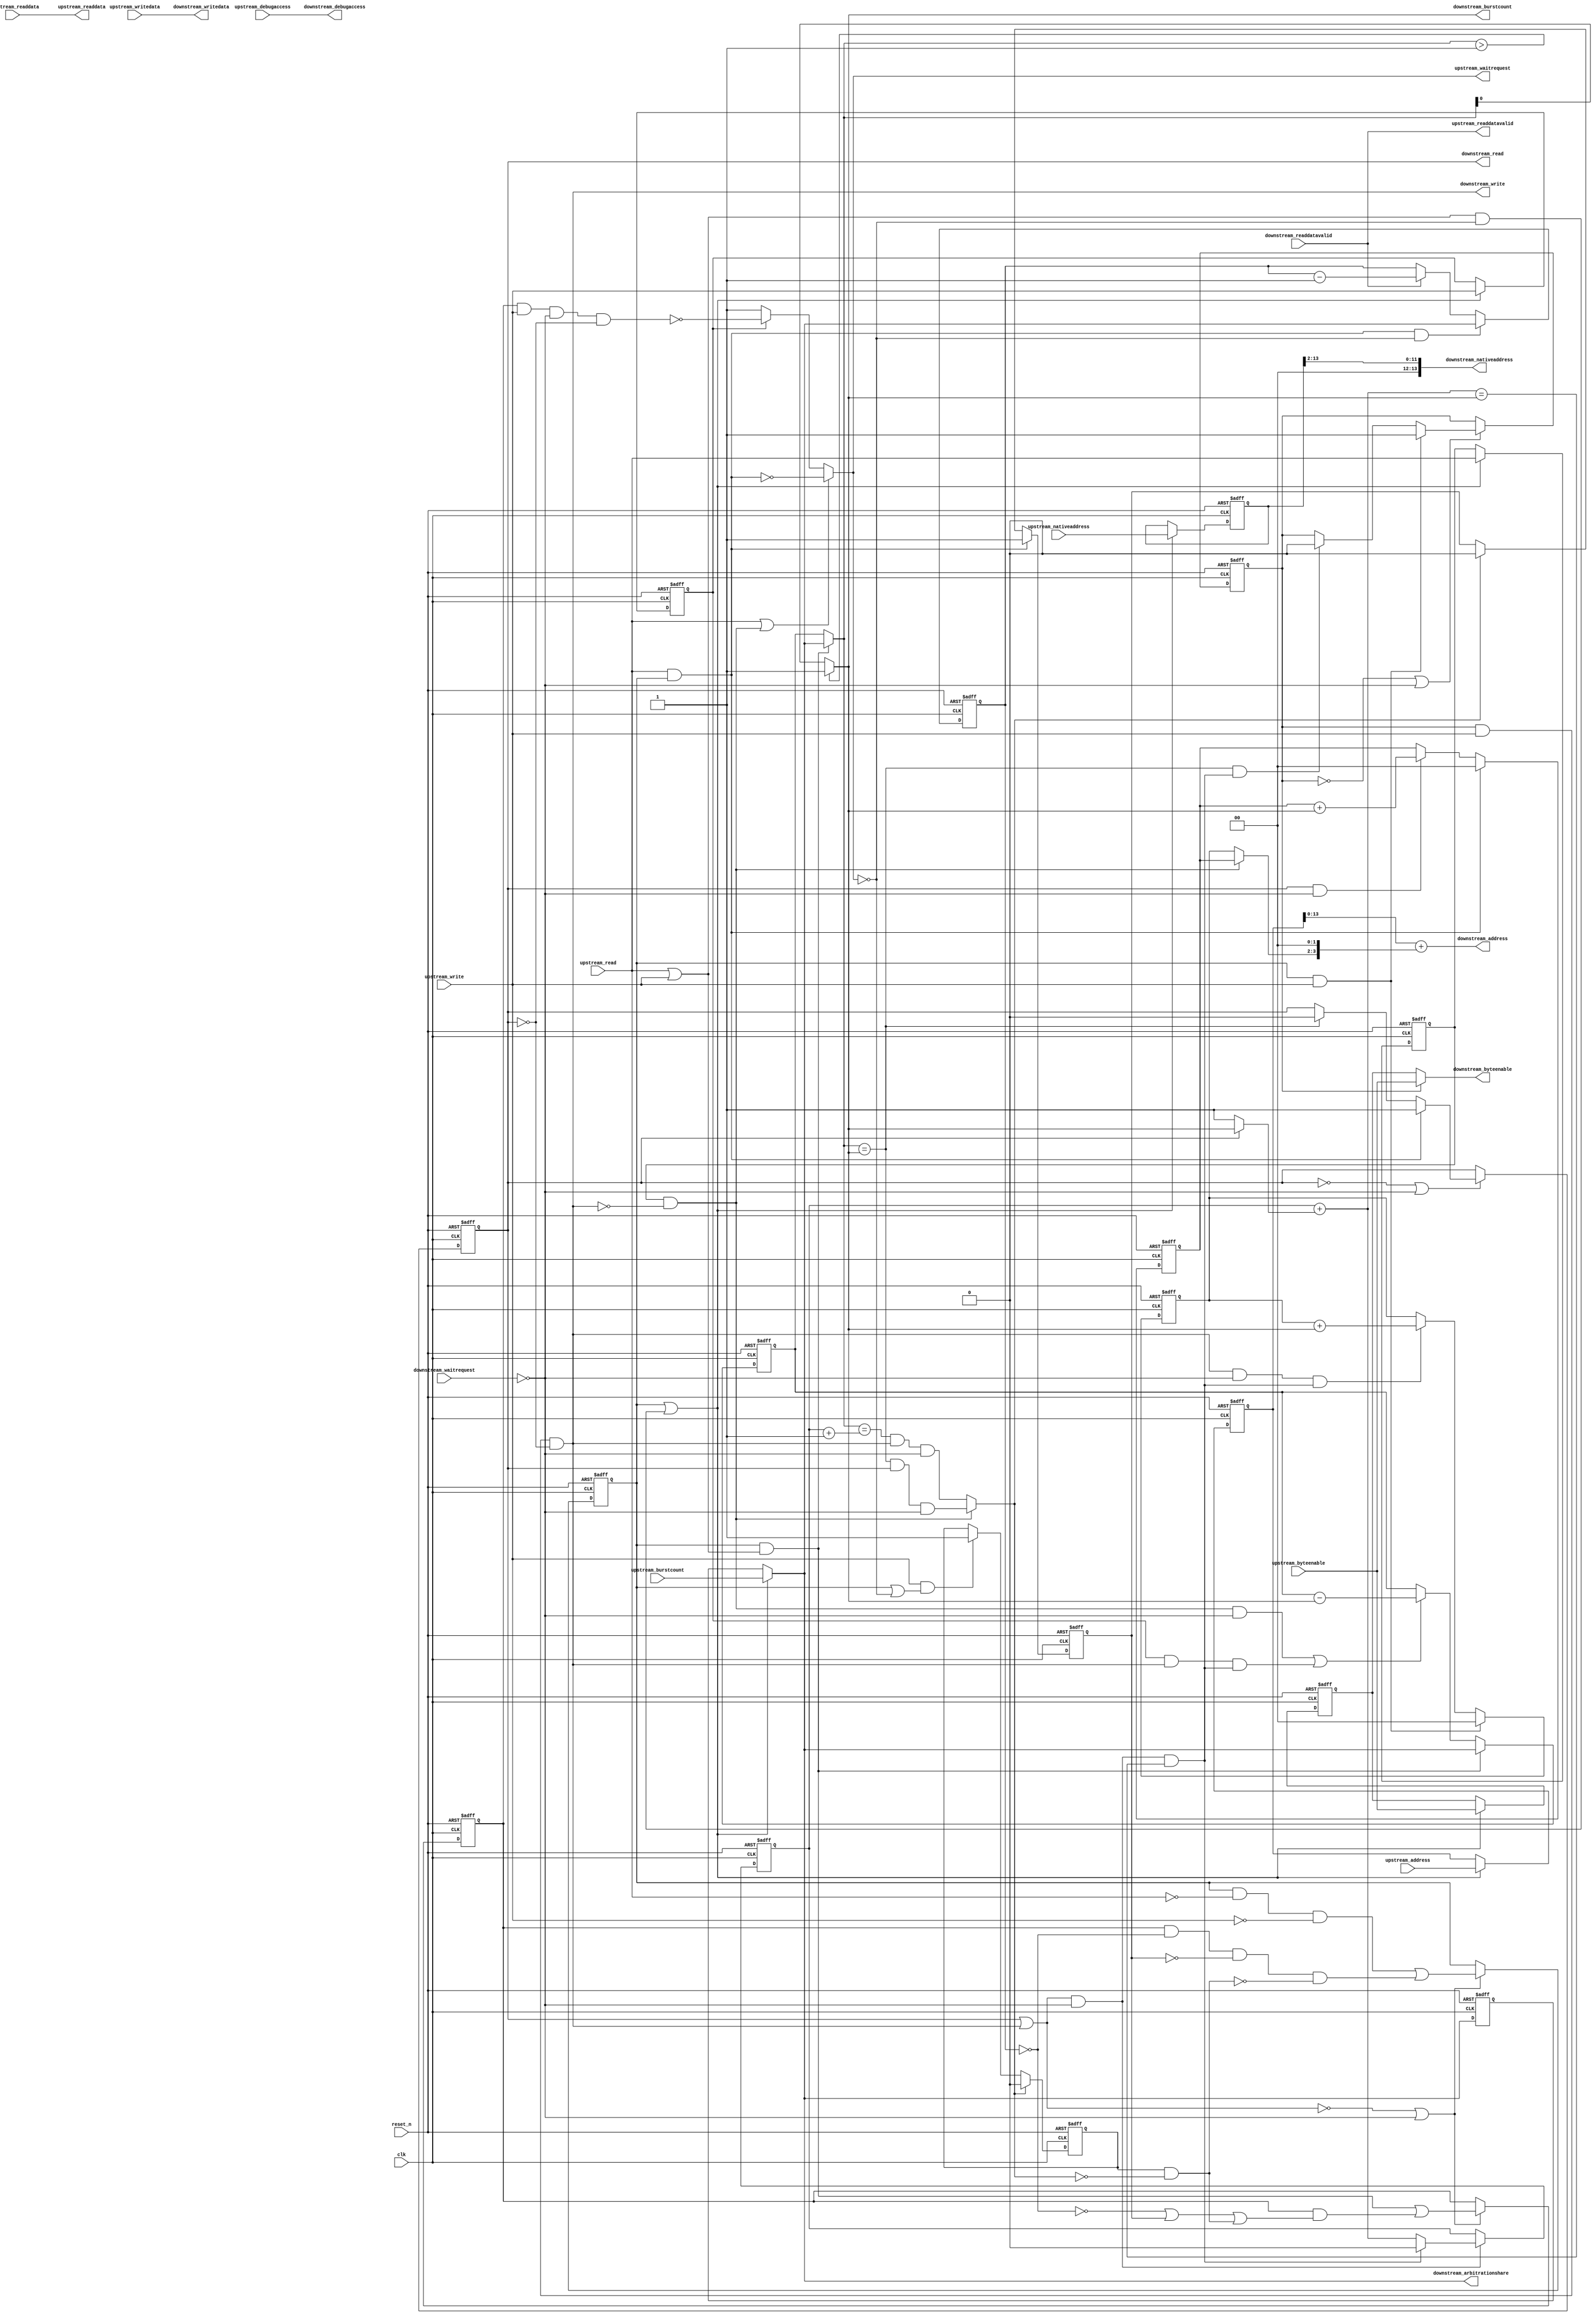
//Legal Notice: (C)2011 Altera Corporation. All rights reserved.  Your
//use of Altera Corporation's design tools, logic functions and other
//software and tools, and its AMPP partner logic functions, and any
//output files any of the foregoing (including device programming or
//simulation files), and any associated documentation or information are
//expressly subject to the terms and conditions of the Altera Program
//License Subscription Agreement or other applicable license agreement,
//including, without limitation, that your use is for the sole purpose
//of programming logic devices manufactured by Altera and sold by Altera
//or its authorized distributors.  Please refer to the applicable
//agreement for further details.

// synthesis translate_off
`timescale 1ns / 1ps
// synthesis translate_on

// turn off superfluous verilog processor warnings 
// altera message_level Level1 
// altera message_off 10034 10035 10036 10037 10230 10240 10030 

//
//Burst adapter parameters:
//adapter is mastered by: data_cache_0/dataMaster
//adapter masters: pipeline_bridge_PERIPHERALS/s1
//asp_debug: 0
//byteaddr_width: 16
//ceil_data_width: 32
//data_width: 32
//dbs_shift: 0
//dbs_upstream_burstcount_width: 3
//downstream_addr_shift: 2
//downstream_burstcount_width: 1
//downstream_max_burstcount: 1
//downstream_pipeline: 0
//dynamic_slave: 1
//master_always_burst_max_burst: 0
//master_burst_on_burst_boundaries_only: 0
//master_data_width: 32
//master_interleave: 0
//master_linewrap_bursts: 0
//nativeaddr_width: 14
//slave_always_burst_max_burst: 0
//slave_burst_on_burst_boundaries_only: 0
//slave_interleave: 0
//slave_linewrap_bursts: 0
//upstream_burstcount: upstream_burstcount
//upstream_burstcount_width: 3
//upstream_max_burstcount: 4
//zero_address_width: 0


module tiger_burst_3 (
                       // inputs:
                        clk,
                        downstream_readdata,
                        downstream_readdatavalid,
                        downstream_waitrequest,
                        reset_n,
                        upstream_address,
                        upstream_burstcount,
                        upstream_byteenable,
                        upstream_debugaccess,
                        upstream_nativeaddress,
                        upstream_read,
                        upstream_write,
                        upstream_writedata,

                       // outputs:
                        downstream_address,
                        downstream_arbitrationshare,
                        downstream_burstcount,
                        downstream_byteenable,
                        downstream_debugaccess,
                        downstream_nativeaddress,
                        downstream_read,
                        downstream_write,
                        downstream_writedata,
                        upstream_readdata,
                        upstream_readdatavalid,
                        upstream_waitrequest
                     )
;

  output  [ 13: 0] downstream_address;
  output  [  2: 0] downstream_arbitrationshare;
  output           downstream_burstcount;
  output  [  3: 0] downstream_byteenable;
  output           downstream_debugaccess;
  output  [ 13: 0] downstream_nativeaddress;
  output           downstream_read;
  output           downstream_write;
  output  [ 31: 0] downstream_writedata;
  output  [ 31: 0] upstream_readdata;
  output           upstream_readdatavalid;
  output           upstream_waitrequest;
  input            clk;
  input   [ 31: 0] downstream_readdata;
  input            downstream_readdatavalid;
  input            downstream_waitrequest;
  input            reset_n;
  input   [ 15: 0] upstream_address;
  input   [  2: 0] upstream_burstcount;
  input   [  3: 0] upstream_byteenable;
  input            upstream_debugaccess;
  input   [ 13: 0] upstream_nativeaddress;
  input            upstream_read;
  input            upstream_write;
  input   [ 31: 0] upstream_writedata;

  wire    [  1: 0] address_offset;
  reg              atomic_counter;
  wire    [ 15: 0] current_upstream_address;
  wire    [  2: 0] current_upstream_burstcount;
  wire             current_upstream_read;
  wire             current_upstream_write;
  reg     [  2: 0] data_counter;
  wire    [  2: 0] dbs_adjusted_upstream_burstcount;
  wire    [ 13: 0] downstream_address;
  wire    [ 15: 0] downstream_address_base;
  wire    [  2: 0] downstream_arbitrationshare;
  wire             downstream_burstcount;
  wire             downstream_burstdone;
  wire    [  3: 0] downstream_byteenable;
  wire             downstream_debugaccess;
  wire    [ 13: 0] downstream_nativeaddress;
  reg              downstream_read;
  wire             downstream_write;
  reg              downstream_write_reg;
  wire    [ 31: 0] downstream_writedata;
  wire             enable_state_change;
  wire             fifo_empty;
  wire             max_burst_size;
  wire             p1_atomic_counter;
  wire             p1_fifo_empty;
  wire             p1_state_busy;
  wire             p1_state_idle;
  wire             pending_register_enable;
  wire             pending_upstream_read;
  reg              pending_upstream_read_reg;
  wire             pending_upstream_write;
  reg              pending_upstream_write_reg;
  reg     [  1: 0] read_address_offset;
  wire             read_update_count;
  wire    [  2: 0] read_write_dbs_adjusted_upstream_burstcount;
  reg     [  2: 0] registered_read_write_dbs_adjusted_upstream_burstcount;
  reg     [ 15: 0] registered_upstream_address;
  reg     [  2: 0] registered_upstream_burstcount;
  reg     [  3: 0] registered_upstream_byteenable;
  reg     [ 13: 0] registered_upstream_nativeaddress;
  reg              registered_upstream_read;
  reg              registered_upstream_write;
  reg              state_busy;
  reg              state_idle;
  wire             sync_nativeaddress;
  wire    [  2: 0] transactions_remaining;
  reg     [  2: 0] transactions_remaining_reg;
  wire             update_count;
  wire             upstream_burstdone;
  wire             upstream_read_run;
  wire    [ 31: 0] upstream_readdata;
  wire             upstream_readdatavalid;
  wire             upstream_waitrequest;
  wire             upstream_write_run;
  reg     [  1: 0] write_address_offset;
  wire             write_update_count;
  assign sync_nativeaddress = |upstream_nativeaddress;
  //downstream, which is an e_avalon_master
  //upstream, which is an e_avalon_slave
  assign upstream_burstdone = current_upstream_read ? (transactions_remaining == downstream_burstcount) & downstream_read & ~downstream_waitrequest : (transactions_remaining == (atomic_counter + 1)) & downstream_write & ~downstream_waitrequest;
  assign p1_atomic_counter = atomic_counter + (downstream_read ? downstream_burstcount : 1);
  assign downstream_burstdone = (downstream_read | downstream_write) & ~downstream_waitrequest & (p1_atomic_counter == downstream_burstcount);
  assign dbs_adjusted_upstream_burstcount = pending_register_enable ? read_write_dbs_adjusted_upstream_burstcount : registered_read_write_dbs_adjusted_upstream_burstcount;
  assign read_write_dbs_adjusted_upstream_burstcount = upstream_burstcount;
  always @(posedge clk or negedge reset_n)
    begin
      if (reset_n == 0)
          registered_read_write_dbs_adjusted_upstream_burstcount <= 0;
      else if (pending_register_enable)
          registered_read_write_dbs_adjusted_upstream_burstcount <= read_write_dbs_adjusted_upstream_burstcount;
    end


  assign p1_state_idle = state_idle & ~upstream_read & ~upstream_write | state_busy & (data_counter == 0) & p1_fifo_empty & ~pending_upstream_read & ~pending_upstream_write;
  assign p1_state_busy = state_idle & (upstream_read | upstream_write) | state_busy & (~(data_counter == 0) | ~p1_fifo_empty | pending_upstream_read | pending_upstream_write);
  assign enable_state_change = ~(downstream_read | downstream_write) | ~downstream_waitrequest;
  always @(posedge clk or negedge reset_n)
    begin
      if (reset_n == 0)
          pending_upstream_read_reg <= 0;
      else if (upstream_read & state_idle)
          pending_upstream_read_reg <= -1;
      else if (upstream_burstdone)
          pending_upstream_read_reg <= 0;
    end


  always @(posedge clk or negedge reset_n)
    begin
      if (reset_n == 0)
          pending_upstream_write_reg <= 0;
      else if (upstream_burstdone)
          pending_upstream_write_reg <= 0;
      else if (upstream_write & (state_idle | ~upstream_waitrequest))
          pending_upstream_write_reg <= -1;
    end


  always @(posedge clk or negedge reset_n)
    begin
      if (reset_n == 0)
          state_idle <= 1;
      else if (enable_state_change)
          state_idle <= p1_state_idle;
    end


  always @(posedge clk or negedge reset_n)
    begin
      if (reset_n == 0)
          state_busy <= 0;
      else if (enable_state_change)
          state_busy <= p1_state_busy;
    end


  assign pending_upstream_read = pending_upstream_read_reg;
  assign pending_upstream_write = pending_upstream_write_reg & ~upstream_burstdone;
  assign pending_register_enable = state_idle | ((upstream_read | upstream_write) & ~upstream_waitrequest);
  always @(posedge clk or negedge reset_n)
    begin
      if (reset_n == 0)
          registered_upstream_read <= 0;
      else if (pending_register_enable)
          registered_upstream_read <= upstream_read;
    end


  always @(posedge clk or negedge reset_n)
    begin
      if (reset_n == 0)
          registered_upstream_write <= 0;
      else if (pending_register_enable)
          registered_upstream_write <= upstream_write;
    end


  always @(posedge clk or negedge reset_n)
    begin
      if (reset_n == 0)
          registered_upstream_burstcount <= 0;
      else if (pending_register_enable)
          registered_upstream_burstcount <= upstream_burstcount;
    end


  always @(posedge clk or negedge reset_n)
    begin
      if (reset_n == 0)
          registered_upstream_address <= 0;
      else if (pending_register_enable)
          registered_upstream_address <= upstream_address;
    end


  always @(posedge clk or negedge reset_n)
    begin
      if (reset_n == 0)
          registered_upstream_nativeaddress <= 0;
      else if (pending_register_enable)
          registered_upstream_nativeaddress <= upstream_nativeaddress;
    end


  assign current_upstream_read = registered_upstream_read & !downstream_write;
  assign current_upstream_write = registered_upstream_write;
  assign current_upstream_address = registered_upstream_address;
  assign current_upstream_burstcount = pending_register_enable ? upstream_burstcount : registered_upstream_burstcount;
  always @(posedge clk or negedge reset_n)
    begin
      if (reset_n == 0)
          atomic_counter <= 0;
      else if ((downstream_read | downstream_write) & ~downstream_waitrequest)
          atomic_counter <= downstream_burstdone ? 0 : p1_atomic_counter;
    end


  assign read_update_count = current_upstream_read & ~downstream_waitrequest;
  assign write_update_count = current_upstream_write & downstream_write & downstream_burstdone;
  assign update_count = read_update_count | write_update_count;
  assign transactions_remaining = (state_idle & (upstream_read | upstream_write)) ? dbs_adjusted_upstream_burstcount : transactions_remaining_reg;
  always @(posedge clk or negedge reset_n)
    begin
      if (reset_n == 0)
          transactions_remaining_reg <= 0;
      else 
        transactions_remaining_reg <= (state_idle & (upstream_read | upstream_write)) ? dbs_adjusted_upstream_burstcount : update_count ? transactions_remaining_reg - downstream_burstcount : transactions_remaining_reg;
    end


  always @(posedge clk or negedge reset_n)
    begin
      if (reset_n == 0)
          data_counter <= 0;
      else 
        data_counter <= state_idle & upstream_read & ~upstream_waitrequest ?  dbs_adjusted_upstream_burstcount : downstream_readdatavalid ? data_counter - 1 : data_counter;
    end


  assign max_burst_size = 1;
  assign downstream_burstcount = (transactions_remaining > max_burst_size) ? max_burst_size : transactions_remaining;
  assign downstream_arbitrationshare = current_upstream_read ? (dbs_adjusted_upstream_burstcount) : dbs_adjusted_upstream_burstcount;
  always @(posedge clk or negedge reset_n)
    begin
      if (reset_n == 0)
          write_address_offset <= 0;
      else 
        write_address_offset <= state_idle & upstream_write ? 0 : ((downstream_write & ~downstream_waitrequest & downstream_burstdone)) ? write_address_offset + downstream_burstcount : write_address_offset;
    end


  always @(posedge clk or negedge reset_n)
    begin
      if (reset_n == 0)
          read_address_offset <= 0;
      else 
        read_address_offset <= state_idle & upstream_read ? 0 : (downstream_read & ~downstream_waitrequest) ? read_address_offset + downstream_burstcount : read_address_offset;
    end


  assign downstream_nativeaddress = registered_upstream_nativeaddress >> 2;
  assign address_offset = current_upstream_read ? read_address_offset : write_address_offset;
  assign downstream_address_base = current_upstream_address;
  assign downstream_address = downstream_address_base + {address_offset, 2'b00};
  always @(posedge clk or negedge reset_n)
    begin
      if (reset_n == 0)
          downstream_read <= 0;
      else if (~downstream_read | ~downstream_waitrequest)
          downstream_read <= state_idle & upstream_read ? 1 : (transactions_remaining == downstream_burstcount) ? 0 : downstream_read;
    end


  assign upstream_readdatavalid = downstream_readdatavalid;
  assign upstream_readdata = downstream_readdata;
  assign fifo_empty = 1;
  assign p1_fifo_empty = 1;
  always @(posedge clk or negedge reset_n)
    begin
      if (reset_n == 0)
          downstream_write_reg <= 0;
      else if (~downstream_write_reg | ~downstream_waitrequest)
          downstream_write_reg <= state_idle & upstream_write ? 1 : ((transactions_remaining == downstream_burstcount) & downstream_burstdone) ? 0 : downstream_write_reg;
    end


  always @(posedge clk or negedge reset_n)
    begin
      if (reset_n == 0)
          registered_upstream_byteenable <= 4'b1111;
      else if (pending_register_enable)
          registered_upstream_byteenable <= upstream_byteenable;
    end


  assign downstream_write = downstream_write_reg & upstream_write & !downstream_read;
  assign downstream_byteenable = downstream_write_reg ? upstream_byteenable : registered_upstream_byteenable;
  assign downstream_writedata = upstream_writedata;
  assign upstream_read_run = state_idle & upstream_read;
  assign upstream_write_run = state_busy & upstream_write & ~downstream_waitrequest & !downstream_read;
  assign upstream_waitrequest = (upstream_read | current_upstream_read) ? ~upstream_read_run : current_upstream_write ? ~upstream_write_run : 1;
  assign downstream_debugaccess = upstream_debugaccess;

endmodule